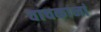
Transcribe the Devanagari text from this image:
वाचकानां